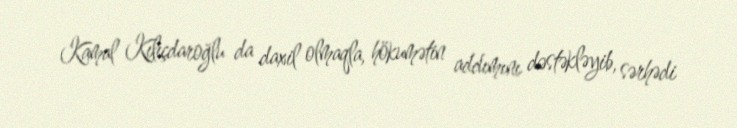
Kamal Kılıçdaroğlu da daxil olmaqla, hökumətin addımını dəstəkləyib, sərhədi